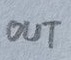
Text: OUT